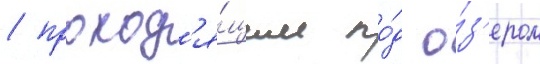
/ проход'я́щим по́д о́з'ером